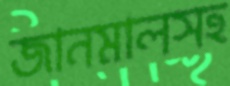
জানমালসহ